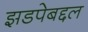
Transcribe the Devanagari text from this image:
झडपेबद्दल